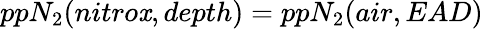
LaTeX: ppN_{2}(nitro\mathit{x},depth)=ppN_{2}(air,EAD)